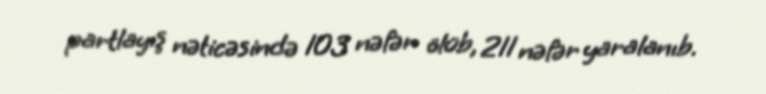
partlayış nəticəsində 103 nəfər ölüb, 211 nəfər yaralanıb.